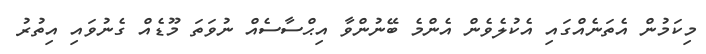
މިކަމުން އެތަނެއްގައި އެކުލެވެން އެންމެ ބޭނުންވާ އިޙްސާސެއް ނުވަތަ މޫޑެއް ގެނުވައި އިތުރު